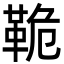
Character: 𩊛